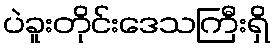
ပဲခူးတိုင်းဒေသကြီးရှိ